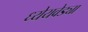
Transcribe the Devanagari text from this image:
ध्येेयवेड्या